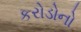
કરોડોનો